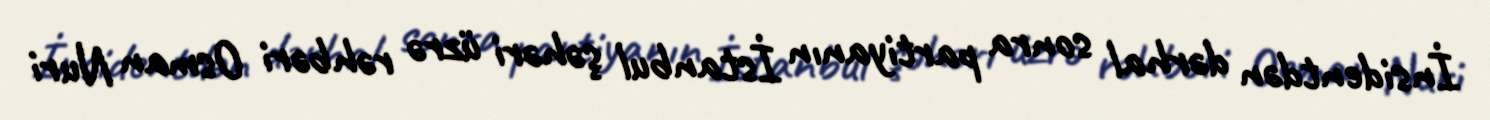
İnsidentdən dərhal sonra partiyanın İstanbul şəhəri üzrə rəhbəri Osman Nuri